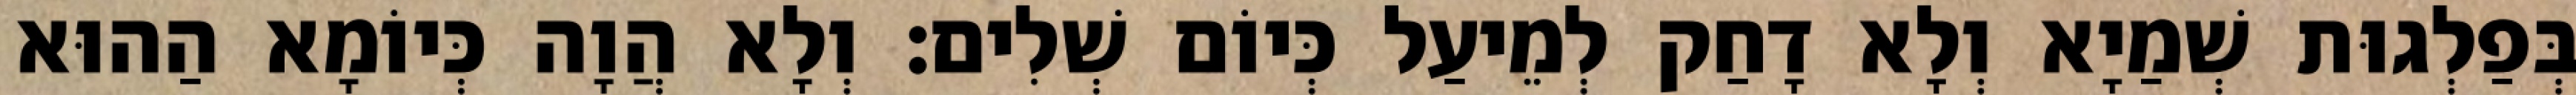
בְּפַלְגוּת שְׁמַיָא וְלָא דָחַק לְמֵיעַל כְּיוֹם שְׁלִים׃ וְלָא הֲוָה כְּיוֹמָא הַהוּא